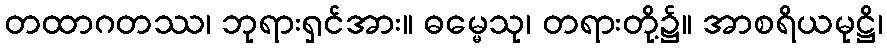
တထာဂတဿ၊ ဘုရားရှင်အား။ ဓမ္မေသု၊ တရားတို့၌။ အာစရိယမုဋ္ဌိ၊